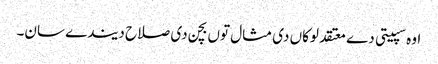
اوہ سپیتی دے معتقد لوکاں دی مثال توں بچن دی صلاح دیندے سان۔